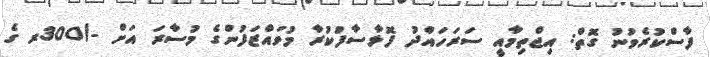
ފާސްކުރެވުނު ގޮތް: އިޖްތިމާއީ ސަރަހައްދު ފޮޅާސާފުކުރާ މުވައްޒަފުންގެ މުސާރަ އަށް -/300ރ ގެ